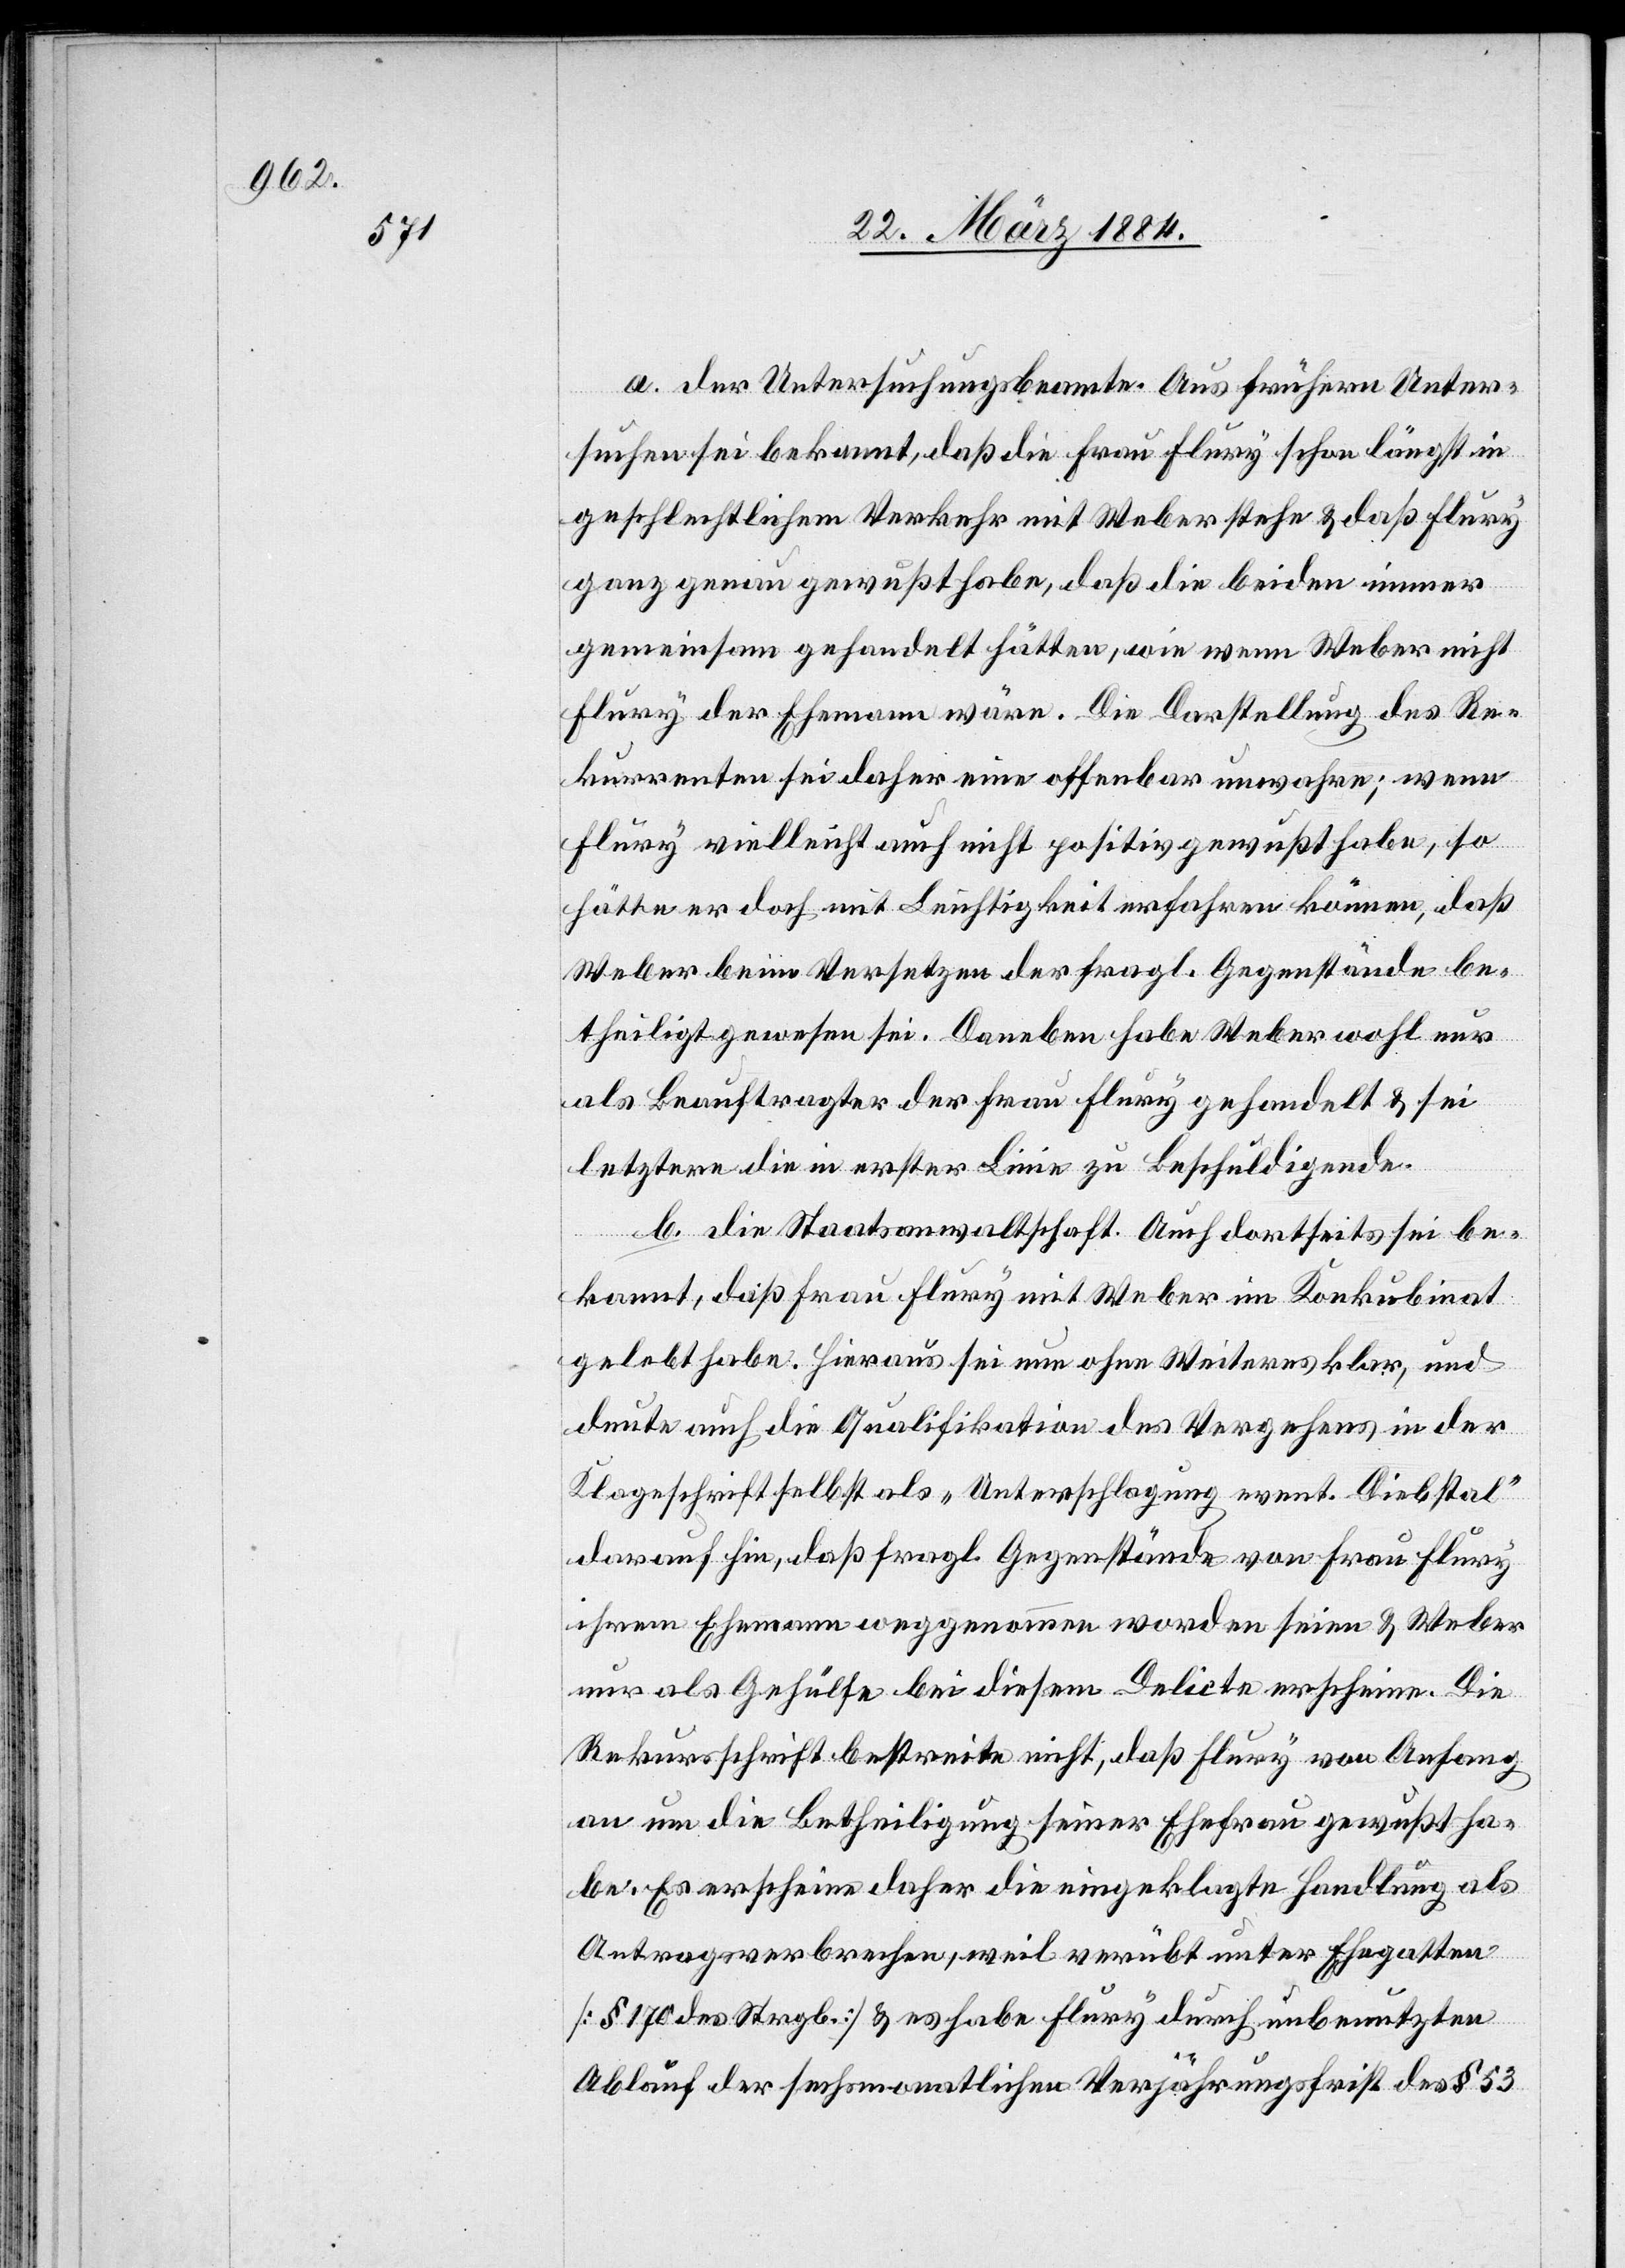
a. Der Untersuchungsbeamte. Aus frühern Unter¬
suchungen sei bekannt, daß die Frau Flury schon längst in
geschlechtlichem Verkehr mit Weber stehe & daß Flury
ganz genau gewußt habe, daß die beiden immer
gemeinsam gehandelt hätten, wie wenn Weber, nicht
Flury der Ehemann wäre. Die Darstellung des Re¬
kurrenten sei daher eine offenbar unwahre; wenn
Flury vielleicht auch nicht positiv gewußt habe, so
hätte er doch mit Leichtigkeit erfahren können, daß
Weber beim Versetzen der fragl. Gegenstände be¬
theiligt gewesen sei. Daneben habe Weber wohl nur
als Beauftragter der Frau Flury gehandelt & sei
letztere die in erster Linie zu Beschuldigende.
b. Die Staatsanwaltschaft. Auch dortseits sei be¬
kannt, daß Frau Flury mit Weber im Konkubinat
gelebt habe. Hieraus sei nun ohne Weiteres klar, und
deute auch die Qualifikation des Vergehens in der
Klageschrift selbst als „Unterschlagung event. Diebstal“
darauf hin, daß fragl. Gegenstände von Frau Flury
ihrem Ehemann weggenommen worden seien & Weber
nur als Gehülfe bei diesem Delicte erscheine. Die
Rekursschrift bestreite nicht, daß Flury von Anfang
an um die Betheiligung seiner Ehefrau gewußt ha¬
be. Es erscheine daher die eingeklagte Handlung als
Antragsverbrechen, weil verübt unter Ehegatten
[§ 170 des Strgb.] & es habe Flury durch unbenutzten
Ablauf der sechsmonatlichen Verjährungsfrist des § 53